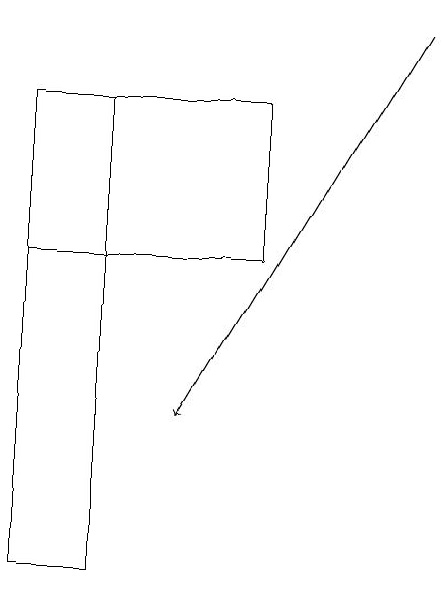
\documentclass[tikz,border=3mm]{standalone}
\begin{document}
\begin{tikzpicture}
\draw (1,11) rectangle (0,17);
\draw (0,17) rectangle (3,15);
\draw[->] (5,18) -- (2,13);
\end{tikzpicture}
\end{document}